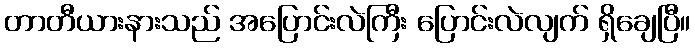
တာတီယားနားသည် အပြောင်းလဲကြီး ပြောင်းလဲလျက် ရှိချေပြီ။